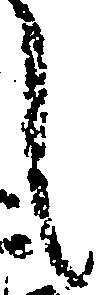
し